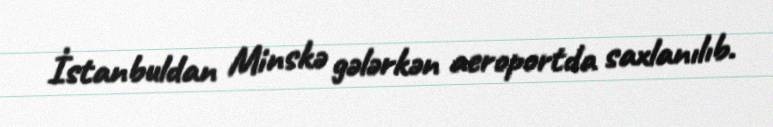
İstanbuldan Minskə gələrkən aeroportda saxlanılıb.